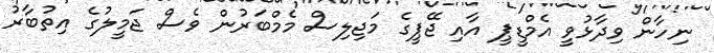
ނިހާން ވިދާޅުވީ އެމްޑީޕީ އާއި ޖޭޕީގެ މަޖިލިސް މެމްބަރުން ވެސް ޖަމީލުގެ އިތުބާރު